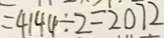
= 4 1 4 4 \div 2 = 2 0 7 2